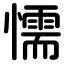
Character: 懦